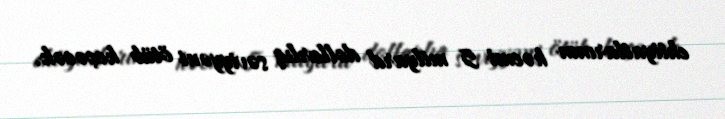
ehtiyatlarının həcmi 5 milyard dollarlıq səviyyəni ötüb keçəcək.